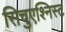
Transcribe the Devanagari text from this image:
सिचुएश्निस्ट